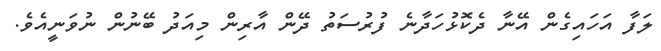
ލަފާ އަހައިގެން އޭނާ ދެކޮޅުހަދާނެ ފުރުސަތު ދޭން އާރިން މިއަދު ބޭނުން ނުވަނީއެވެ.